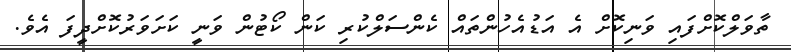
ތާވަލްކޮށްފައި ވަނިކޮށް އެ އަޑުއެހުންތައް ކެންސަލްކުރި ކަން ކޯޓުން ވަނީ ކަށަވަރުކޮށްދީފަ އެވެ.